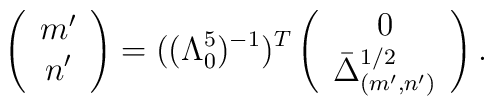
\left(\begin{array}{c}      m'\\      n' \end{array} \right) = ((\Lambda_0^5)^{-1})^T   \left(\begin{array}{c} 0 \\     \bar{\Delta}_{(m',n')}^{1/2}        \end{array} \right).